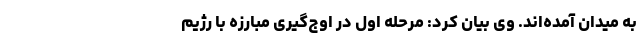
به میدان آمده‌اند. وی بیان کرد: مرحله اول در اوج‌گیری مبارزه با رژیم